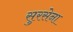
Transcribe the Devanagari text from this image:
सुरसेना